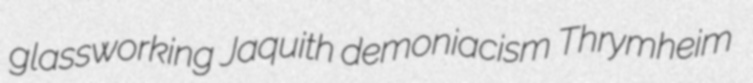
glassworking Jaquith demoniacism Thrymheim